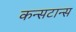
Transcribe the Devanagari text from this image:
कन्सटान्स